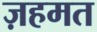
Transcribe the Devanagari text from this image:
ज़हमत